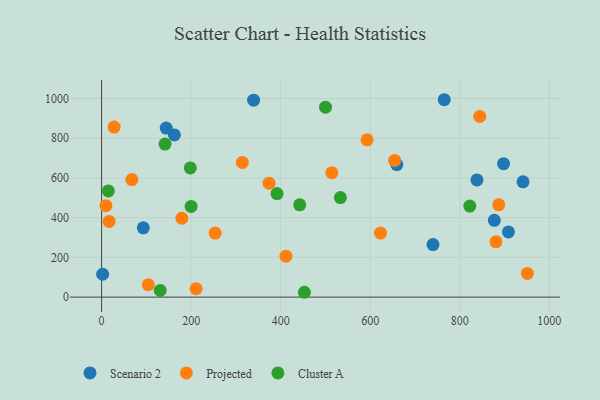
{"axis": {"x": "Speed", "y": "Exam Score"}, "legend": ["Cluster A", "Projected", "Scenario 2"], "data": [{"x": "740.1", "y": 264.8, "type": "Scenario 2"}, {"x": "339.5", "y": 991.8, "type": "Scenario 2"}, {"x": "2.3", "y": 115.3, "type": "Scenario 2"}, {"x": "144.3", "y": 851.5, "type": "Scenario 2"}, {"x": "93.2", "y": 349.2, "type": "Scenario 2"}, {"x": "941.2", "y": 580.7, "type": "Scenario 2"}, {"x": "838.3", "y": 590.1, "type": "Scenario 2"}, {"x": "765.2", "y": 994.2, "type": "Scenario 2"}, {"x": "162.5", "y": 817.0, "type": "Scenario 2"}, {"x": "877.1", "y": 387.0, "type": "Scenario 2"}, {"x": "908.6", "y": 328.4, "type": "Scenario 2"}, {"x": "897.7", "y": 672.1, "type": "Scenario 2"}, {"x": "659.3", "y": 667.8, "type": "Scenario 2"}, {"x": "253.6", "y": 322.6, "type": "Projected"}, {"x": "16.8", "y": 381.1, "type": "Projected"}, {"x": "654.3", "y": 688.7, "type": "Projected"}, {"x": "880.8", "y": 278.4, "type": "Projected"}, {"x": "9.7", "y": 460.4, "type": "Projected"}, {"x": "104.2", "y": 62.2, "type": "Projected"}, {"x": "514.2", "y": 626.3, "type": "Projected"}, {"x": "314.4", "y": 678.6, "type": "Projected"}, {"x": "67.5", "y": 592.2, "type": "Projected"}, {"x": "28.0", "y": 856.7, "type": "Projected"}, {"x": "950.9", "y": 119.2, "type": "Projected"}, {"x": "211.1", "y": 42.3, "type": "Projected"}, {"x": "592.8", "y": 792.1, "type": "Projected"}, {"x": "411.8", "y": 206.4, "type": "Projected"}, {"x": "374.0", "y": 574.0, "type": "Projected"}, {"x": "844.6", "y": 910.1, "type": "Projected"}, {"x": "622.9", "y": 322.8, "type": "Projected"}, {"x": "887.0", "y": 465.1, "type": "Projected"}, {"x": "179.3", "y": 397.3, "type": "Projected"}, {"x": "141.6", "y": 770.7, "type": "Cluster A"}, {"x": "822.3", "y": 458.8, "type": "Cluster A"}, {"x": "533.3", "y": 501.4, "type": "Cluster A"}, {"x": "500.1", "y": 956.7, "type": "Cluster A"}, {"x": "15.0", "y": 534.8, "type": "Cluster A"}, {"x": "130.9", "y": 33.7, "type": "Cluster A"}, {"x": "199.9", "y": 456.7, "type": "Cluster A"}, {"x": "198.1", "y": 650.9, "type": "Cluster A"}, {"x": "452.9", "y": 24.4, "type": "Cluster A"}, {"x": "391.8", "y": 521.3, "type": "Cluster A"}, {"x": "442.4", "y": 465.0, "type": "Cluster A"}]}